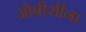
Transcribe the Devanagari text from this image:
ओबीसींना